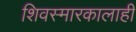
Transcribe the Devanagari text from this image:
शिवस्मारकालाही